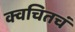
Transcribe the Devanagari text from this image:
क्वचितचं